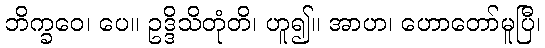
ဘိက္ခဝေ၊ ပေ။ ဥဒ္ဒိသိတုံတိ၊ ဟူ၍။ အာဟ၊ ဟောတော်မူပြီ၊